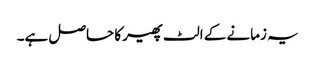
یہ زمانے کے الٹ پھیر کا حاصل ہے۔